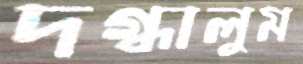
দগ্ধালুম